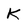
Character: K